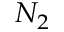
N _ { 2 }